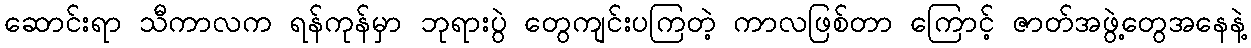
ဆောင်းရာ သီကာလက ရန်ကုန်မှာ ဘုရားပွဲ တွေကျင်းပကြတဲ့ ကာလဖြစ်တာ ကြောင့် ဇာတ်အဖွဲ့တွေအနေနဲ့